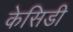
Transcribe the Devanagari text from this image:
केसिडी